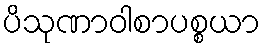
ပိသုဏာဝါစာပစ္စယာ